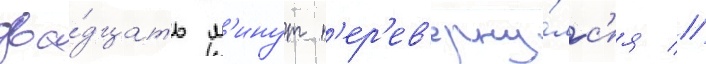
два́дцать м'инут п'ер'ев'ерну́лс'я //